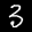
Label: 3